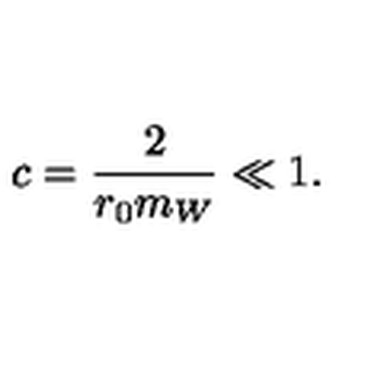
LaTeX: c = \frac { 2 } { r _ { 0 } m _ { W } } \ll 1 .